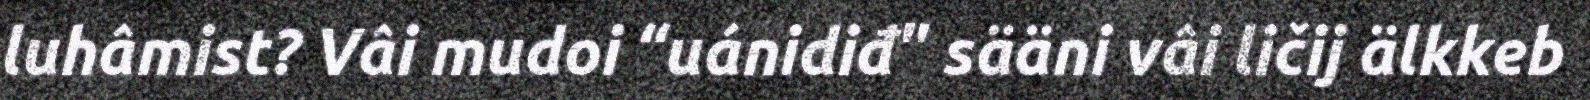
luhâmist? Vâi mudoi “uánidiđ" sääni vâi ličij älkkeb